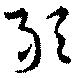
敢